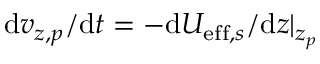
\mathrm { d } v _ { z , p } / \mathrm { d } t = - \mathrm { d } U _ { \mathrm { e f f } , s } / \mathrm { d } z | _ { z _ { p } }